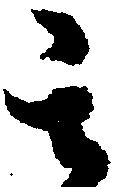
其